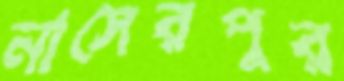
নাসেরপুর